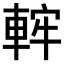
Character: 𨌚